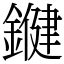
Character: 𨫡